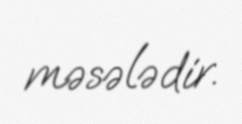
məsələdir.